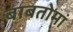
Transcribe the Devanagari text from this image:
बाबतोमां